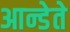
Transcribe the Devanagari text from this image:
आन्डेते